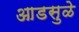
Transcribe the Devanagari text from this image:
आडसुळे